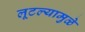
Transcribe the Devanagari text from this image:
लूटल्यामुळे